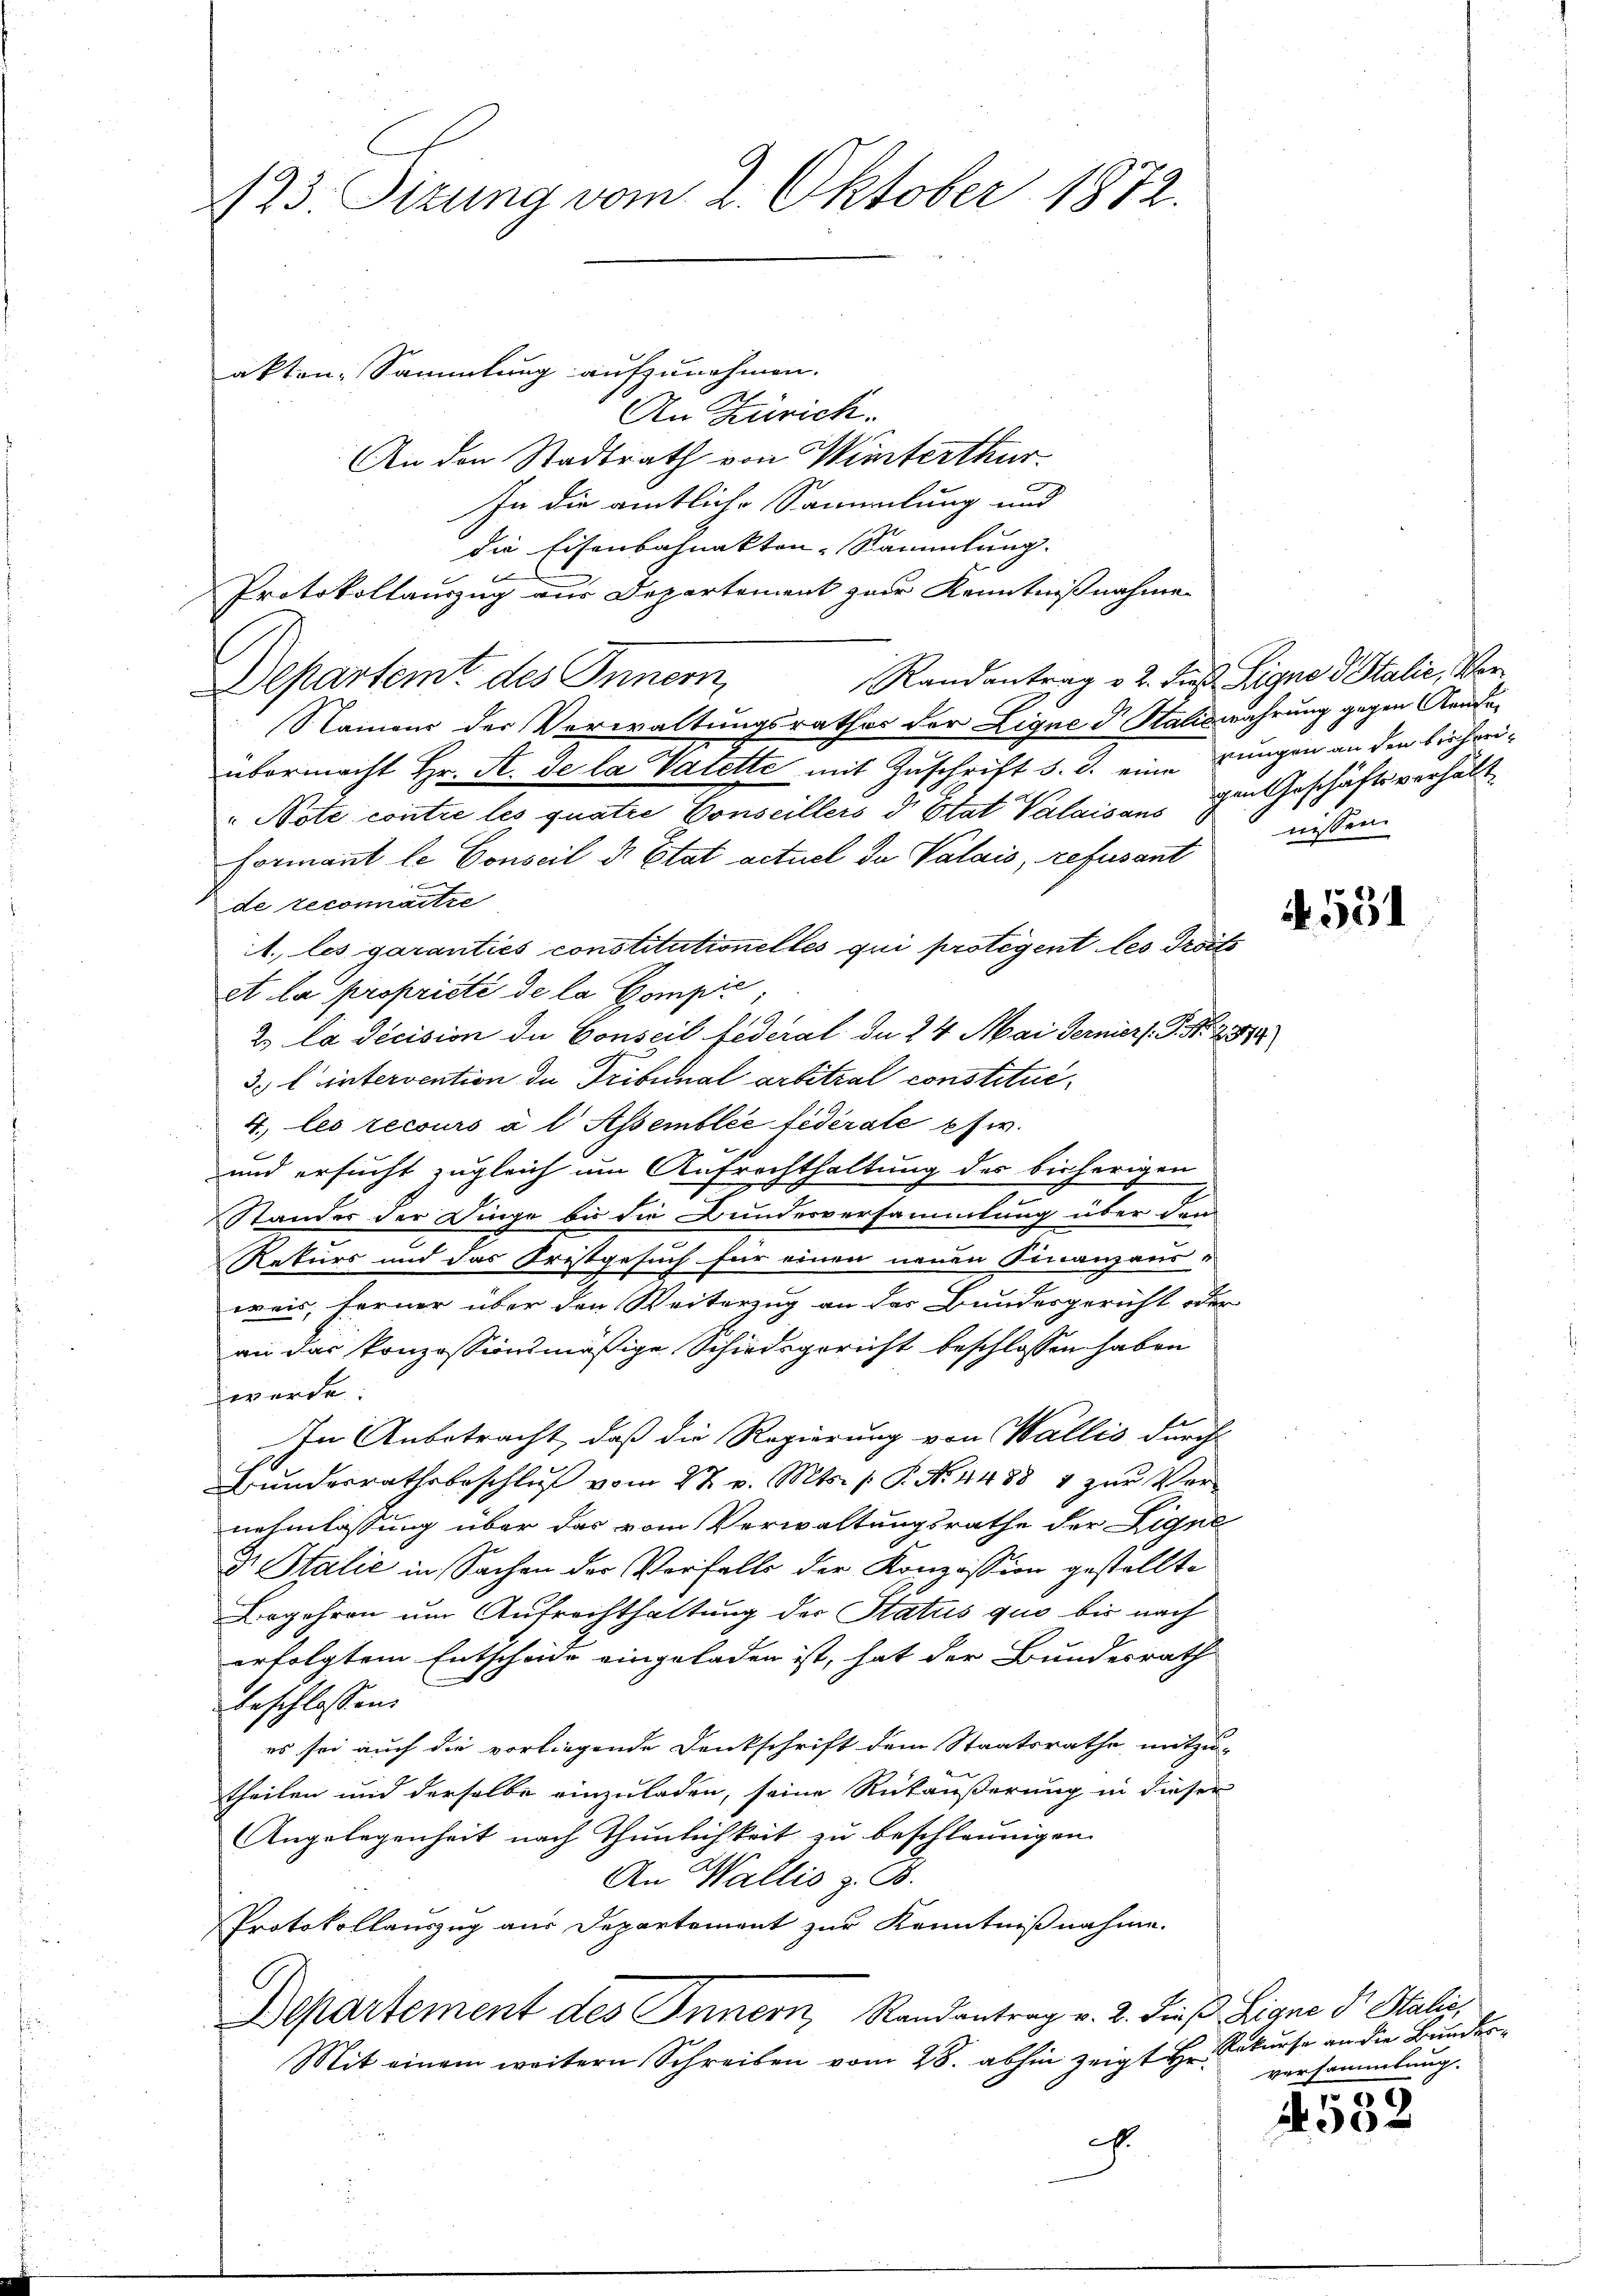
123. Sizung vom 2. Oktober 1872.

akten Sammlung aufzunehmen.
An Zürich.
An den Stadtrath von Winterthur.
t
In die amtliche Sammlung und
die Eisenbahnakten-Sammlung.
Protokollauszug aus Departement zur Kenntnißnahme
Randantrag v. 2. dieß Signo d. Stalie, Ver¬
Departemt des Innern,
Stainen der Verwaltungsrathes der Lique d Saliswahrung gegen Aendeübermacht Hr. S. de la Vatette mit Zuschrift d. d. Lungen an den bisheri¬
 Note contre les quatre Conseillers d Etat Valaisans im Geschäftsverhält
Formant le Conseil d. Etat actuel da Valais, refusant
de reconnaitre
1. les garanties constitutionelles qui protegent les droits
A la propriété de la Compie
2. La décision die Conseil Federal da 24 Mai Ferniers. S. Nr. 237
3. l. intervention du Tribunal arbitral constitui¬
4., les recours à l Assemblée fédérale pfw.
und ersucht zugleich um Aufrechthaltung des bisherigen
Stander der Dinge bis die Bundesversammlung über den
Rekurs und das Kristgesuch für einen neuen Finanzaus-
weis, ferner über den Weiterzug an des Bundesgericht oder
an das konzessionsmäßige Schiedsgericht beschlossen haben
werde.
In Anbetracht, daß die Regierung von Wallis durch
Bŭndesrathsbeschlŭβ vom 27. v. Mts. 1. P. Nr. 4488 4 zŭr Ver-
nehmlassung über das vom Verwaltungsrathe der Ligne
Dr. Stalić in Sachen der Verfalls der Konzession gestellte
Begehren um Aufrechthaltung der Status quo bis nach
erfolgtem Entscheide eingeladen ist, hat der Bundesrath
beschlossen:
es sei auch die vorliegende Denkschrift dem Staatsrathe mitzu-
theilen und derselbe einzuladen, seine Rükäußerung in dieser
Angelegenheit nach Thunlichkeit zu beschleunigen.
An Wallis z. B.
Protokollauszug aus Departement zur Kenntnißnahme.
Departement des Innern, Randantrag v. 2. dieß Ligne der Stalie,
Mit einem weitern Schreiben vom 28. abhin zeigt Hr. Rekurse an die Bunder¬
.

nissen.

. 531

versammlung.

15
A 352